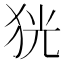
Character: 㹰